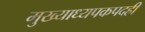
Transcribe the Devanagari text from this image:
मुख्याध्यपकपदही